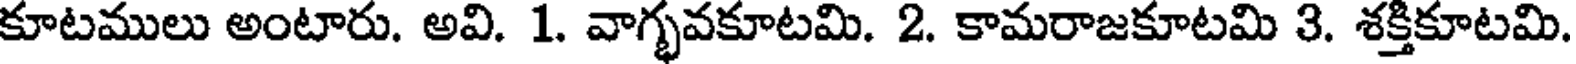
కూటములు అంటారు. అవి. 1. వాగ్భవకూటమి. 2. కామరాజకూటమి 3. శక్తికూటమి.